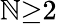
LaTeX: \mathbb{N}{\ge}2